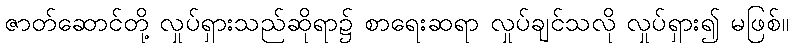
ဇာတ်ဆောင်တို့ လှုပ်ရှားသည်ဆိုရာ၌ စာရေးဆရာ လှုပ်ချင်သလို လှုပ်ရှား၍ မဖြစ်။